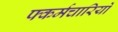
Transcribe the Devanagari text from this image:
फ्कर्मचारियों